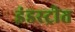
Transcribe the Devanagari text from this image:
इंडस्ट्रीत